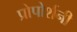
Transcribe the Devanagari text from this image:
प्रोपोर्शनी